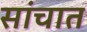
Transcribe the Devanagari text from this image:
सांचात